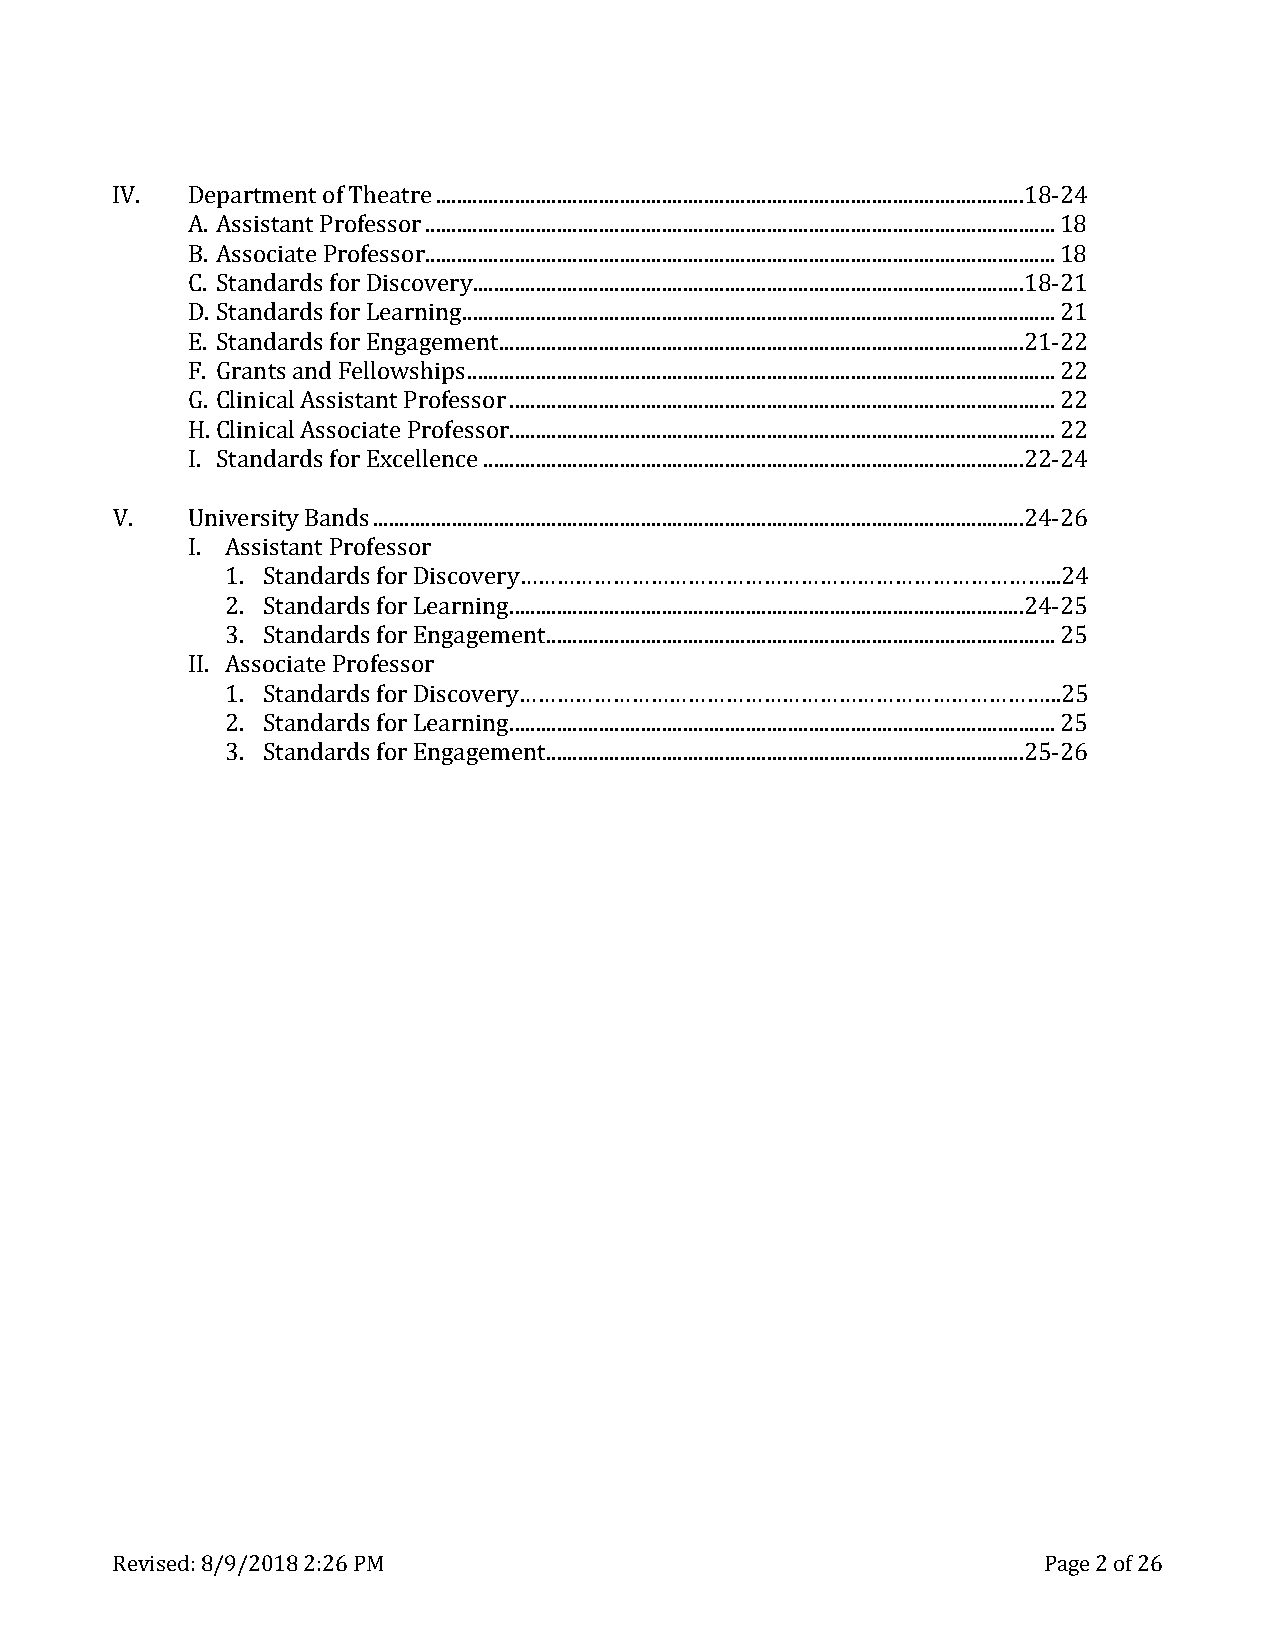
IV.  De partment of Theatre ................................................................................................................18-24
 A. Assistant Professor ........................................................................................................................ 18
 B. Associate Professor ........................................................................................................................ 18
 C. Standards for Discovery .........................................................................................................18-21
 D. Standards for Learning ................................................................................................................. 21
 E. Standards for Engagement....................................................................................................21-22
 F. Grants and Fellowships ................................................................................................................ 22
 G . Clinical Assistant Professor ........................................................................................................ 22
 H.Clinical Associate Professor........................................................................................................ 22
 I. Standards for Excellence .......................................................................................................22-24
 V.   Unive rsity Bands ............................................................................................................................24-26
 I. As sistant Professor
 1. Standards for Discovery…………………………………………………………………………...24
 2. Standards for Learning ..................................................................................................24-25
 3. Standards for Engagement ................................................................................................. 25
 II. As sociate Professor
 1. Standards for Discovery…………………………………………………………………………...25
 2. Standards for Learning ........................................................................................................ 25
 3. Standards for Engagement ...........................................................................................25-26
 Revised: 8/9/2018 2:26 PM                                     Page 2 of 26